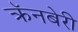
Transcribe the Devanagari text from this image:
क्रॅनबेरी